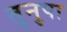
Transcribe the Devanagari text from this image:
तुनुपा